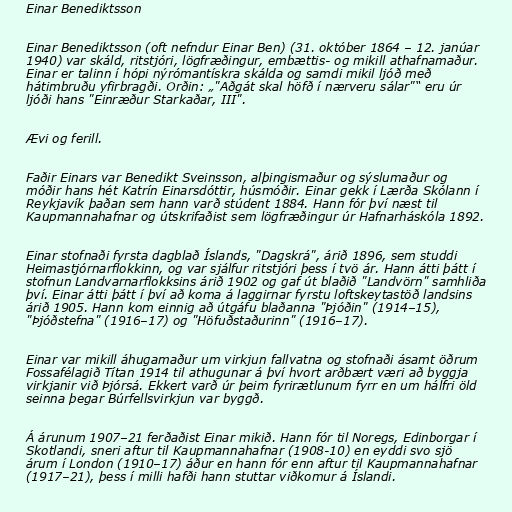
Einar Benediktsson

Einar Benediktsson (oft nefndur Einar Ben) (31. október 1864 – 12. janúar
1940) var skáld, ritstjóri, lögfræðingur, embættis- og mikill athafnamaður.
Einar er talinn í hópi nýrómantískra skálda og samdi mikil ljóð með
hátimbruðu yfirbragði. Orðin: „"Aðgát skal höfð í nærveru sálar"“ eru úr
ljóði hans "Einræður Starkaðar, III".

Ævi og ferill.

Faðir Einars var Benedikt Sveinsson, alþingismaður og sýslumaður og
móðir hans hét Katrín Einarsdóttir, húsmóðir. Einar gekk í Lærða Skólann í
Reykjavík þaðan sem hann varð stúdent 1884. Hann fór því næst til
Kaupmannahafnar og útskrifaðist sem lögfræðingur úr Hafnarháskóla 1892.

Einar stofnaði fyrsta dagblað Íslands, "Dagskrá", árið 1896, sem studdi
Heimastjórnarflokkinn, og var sjálfur ritstjóri þess í tvö ár. Hann átti þátt í
stofnun Landvarnarflokksins árið 1902 og gaf út blaðið "Landvörn" samhliða
því. Einar átti þátt í því að koma á laggirnar fyrstu loftskeytastöð landsins
árið 1905. Hann kom einnig að útgáfu blaðanna "Þjóðin" (1914–15),
"Þjóðstefna" (1916–17) og "Höfuðstaðurinn" (1916–17).

Einar var mikill áhugamaður um virkjun fallvatna og stofnaði ásamt öðrum
Fossafélagið Títan 1914 til athugunar á því hvort arðbært væri að byggja
virkjanir við Þjórsá. Ekkert varð úr þeim fyrirætlunum fyrr en um hálfri öld
seinna þegar Búrfellsvirkjun var byggð.

Á árunum 1907–21 ferðaðist Einar mikið. Hann fór til Noregs, Edinborgar í
Skotlandi, sneri aftur til Kaupmannahafnar (1908-10) en eyddi svo sjö
árum í London (1910–17) áður en hann fór enn aftur til Kaupmannahafnar
(1917–21), þess í milli hafði hann stuttar viðkomur á Íslandi.